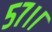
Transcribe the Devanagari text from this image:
५७।।